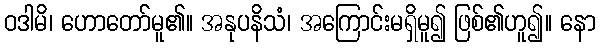
ဝဒါမိ၊ ဟောတော်မူ၏။ အနုပနိသံ၊ အကြောင်းမရှိမူ၍ ဖြစ်၏ဟူ၍။ နော